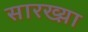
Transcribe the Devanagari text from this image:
सारख्य़ा